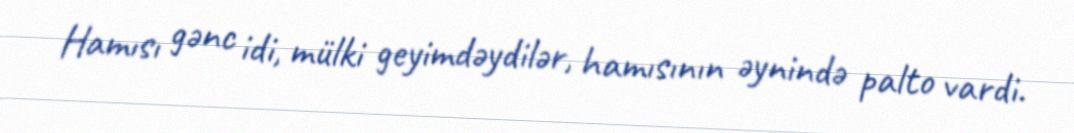
Hamısı gənc idi, mülki geyimdəydilər, hamısının əynində palto vardi.